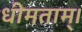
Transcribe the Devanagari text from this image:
धीमताम्।